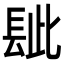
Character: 𨱲